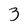
Character: 3